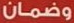
وضمان